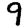
Digit: 9